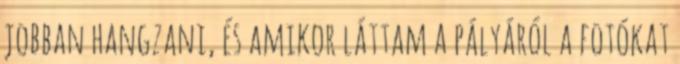
jobban hangzani, és amikor láttam a pályáról a fotókat